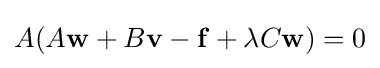
A(A\mathbf {w} +B\mathbf {v} -\mathbf {f} +\lambda C\mathbf {w} )=0